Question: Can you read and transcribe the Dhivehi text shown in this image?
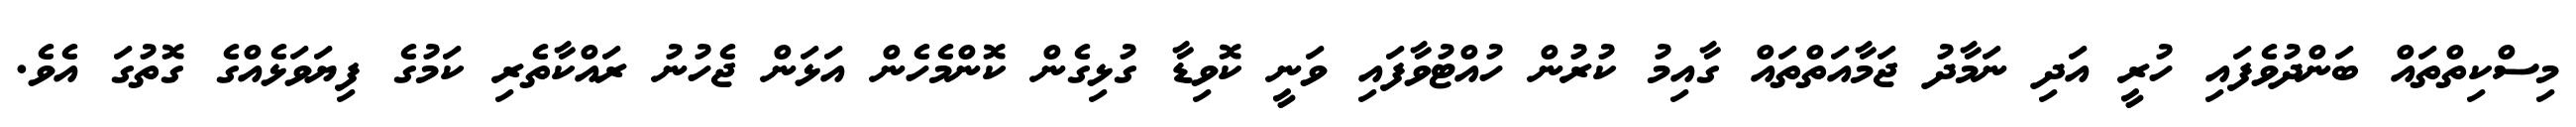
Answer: މިސްކިތްތައް ބަންދުވެފައި ހުރީ އަދި ނަމާދު ޖަމާއަތްތައް ގާއިމު ކުރުން ހުއްޓުވާފައި ވަނީ ކޮވިޑާ ގުޅިގެން ކޮންމެހެން އަޅަން ޖެހުނު ރައްކާތެރި ކަމުގެ ފިޔަވަޅެއްގެ ގޮތުގަ އެވެ.